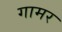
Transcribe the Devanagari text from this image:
गामर